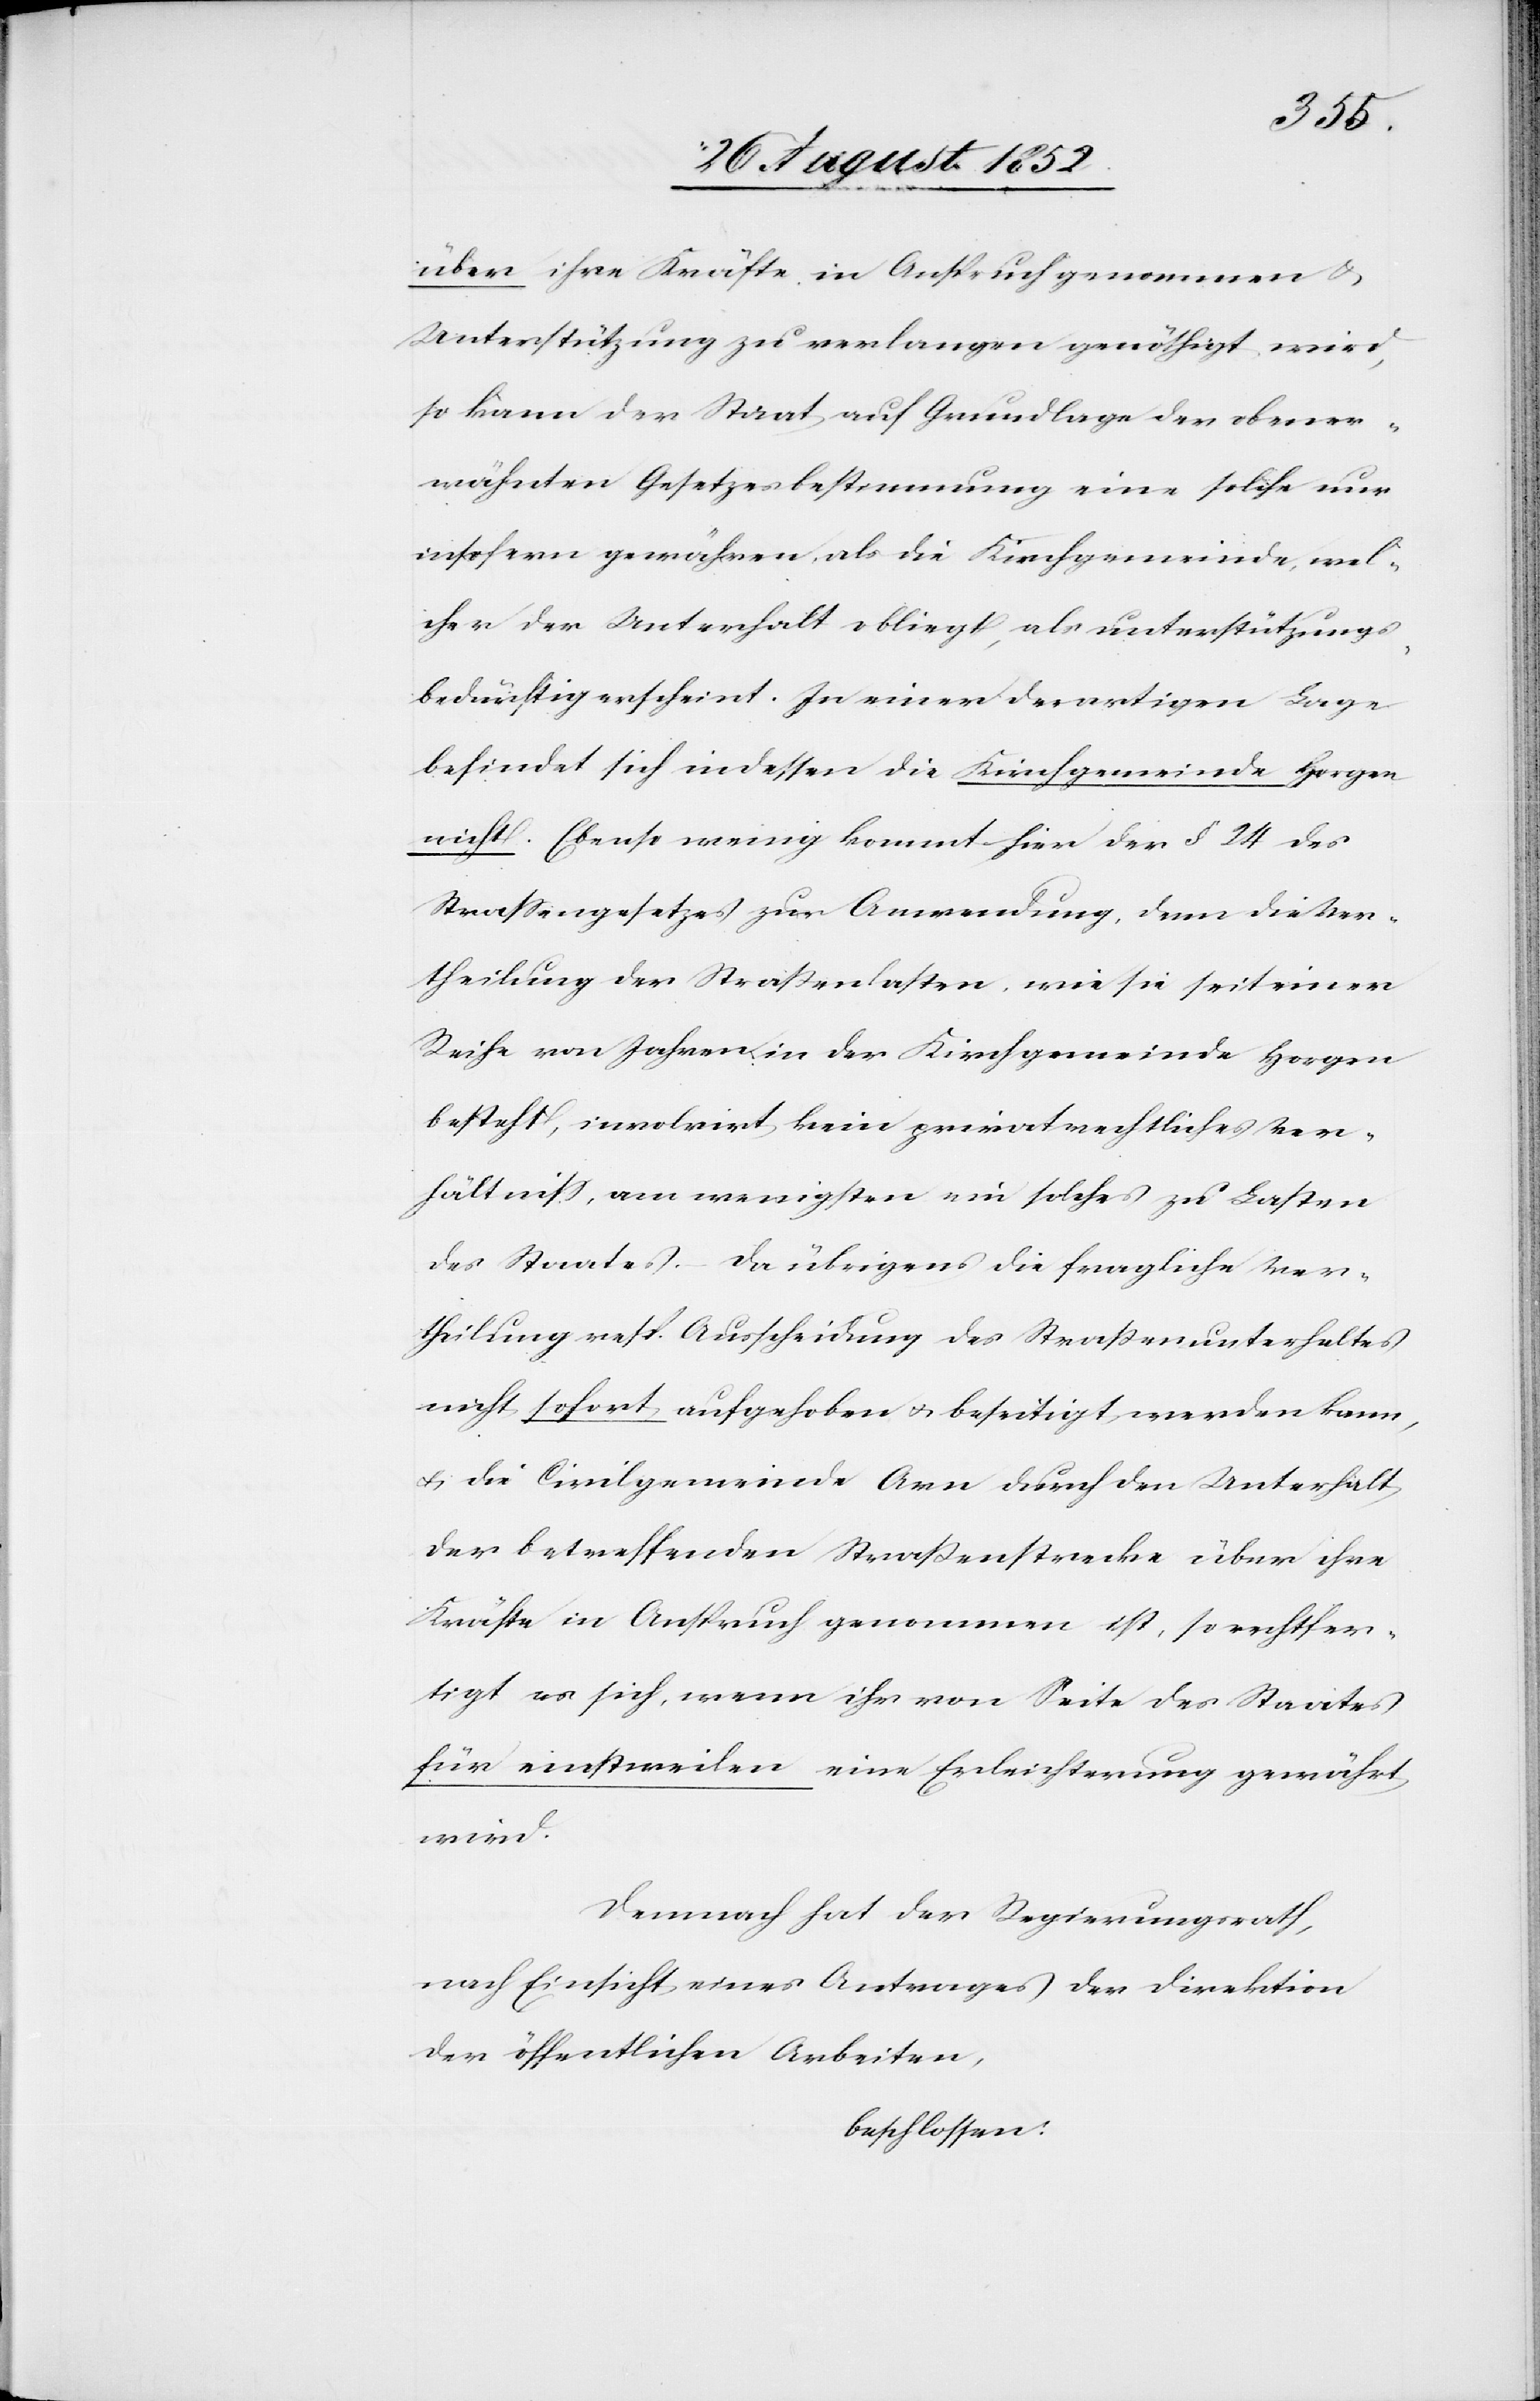
über ihre Kräfte in Anspruch genommen &
Unterstützung zu verlangen genöthigt wird,
so kann der Staat auf Grundlage der obener¬
wähnten Gesetzesbestimmung eine solche nur
insofern gewähren, als die Kirchgemeinde, wel¬
cher der Unterhalt obliegt, als unterstützungs¬
bedürftig erscheint. In einer derartigen Lage
befindet sich indessen die Kirchgemeinde Horgen
nicht. Ebenso wenig kommt hier der § 24 des
Strassengesetzes zur Anwendung, denn die Ver¬
theilung der Straßenlasten, wie sie seit einer
Reihe von Jahren in der Kirchgemeinde Horgen
besteht, involvirt kein privatrechtliches Ver¬
hältniss, am wenigsten ein solches zu Lasten
des Staates. – Da übrigens die fragliche Ver¬
theilung resp. Ausscheidung des Straßenunterhaltes
nicht sofort aufgehoben & beseitigt werden kann,
& die Civilgemeinde Arn durch den Unterhalt
der betreffenden Straßenstrecke über ihre
Kräfte in Anspruch genommen ist, so rechtfer¬
tigt es sich, wenn ihr von Seite des Staates
für einstweilen eine Erleichterung gewährt
wird.
Demnach hat der Regierungsrath,
nach Einsicht eines Antrages der Direktion
der öffentlichen Arbeiten,
beschlossen: